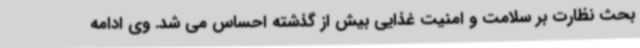
بحث نظارت بر سلامت و امنیت غذایی بیش از گذشته احساس می شد. وی ادامه